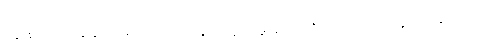
ကျွန်တော် နေလို့မကောင်း ဘူး၊ လှိုင်းမူးပျောက်ဆေးလေးများရမလား။